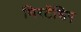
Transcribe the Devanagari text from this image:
मिरटॅशिए